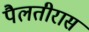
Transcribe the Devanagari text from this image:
पैलतीरास